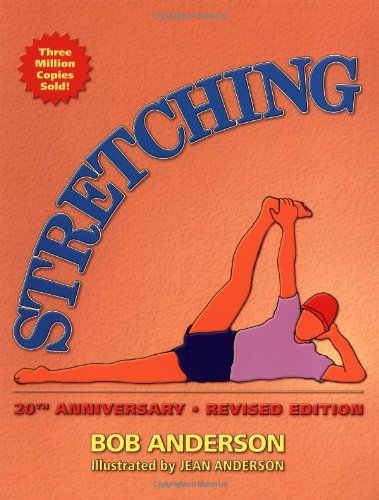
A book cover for Stretching, 20th Anniversary Revised Edition; Bob Anderson; Health, Fitness & Dieting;